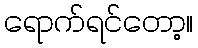
ရောက်ရင်တော့။